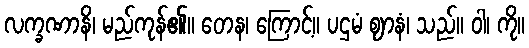
လက္ခဏာနိ၊ မည်ကုန်၏။ တေန၊ ကြောင့်။ ပဌမံ ဈာနံ၊ သည်။ ဝါ၊ ကို။